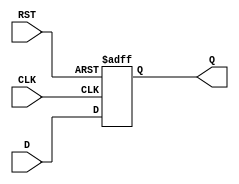
module d_flip_flop (
    input D,
    input CLK,
    input RST,
    output reg Q
);

always @(posedge CLK or posedge RST) begin
    if (RST) begin
        Q <= 1'b0; // Reset state
    end else begin
        Q <= D; // Store input D on rising edge of CLK
    end
end

endmodule